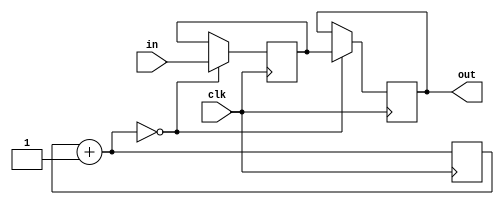
`timescale 1ns / 1ps

module RemoveChattering(clk, in, out);
	parameter PortWidth = 1;
	parameter CounterWidth = 16;
	//
	input clk;
	input [PortWidth-1:0] in;
	output reg [PortWidth-1:0] out;
	//
	reg [CounterWidth-1:0] counter = 0;
	reg [PortWidth-1:0] buffer;
	//
	always@(posedge clk) begin
		counter = counter + 1'd1;
		if(counter == 0) begin
			buffer <= in;
			out <= buffer;
		end
	end
endmodule